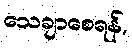
သေချာစေရန်,